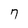
Character: 7